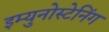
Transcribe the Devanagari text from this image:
इम्युनोस्टेनिंग